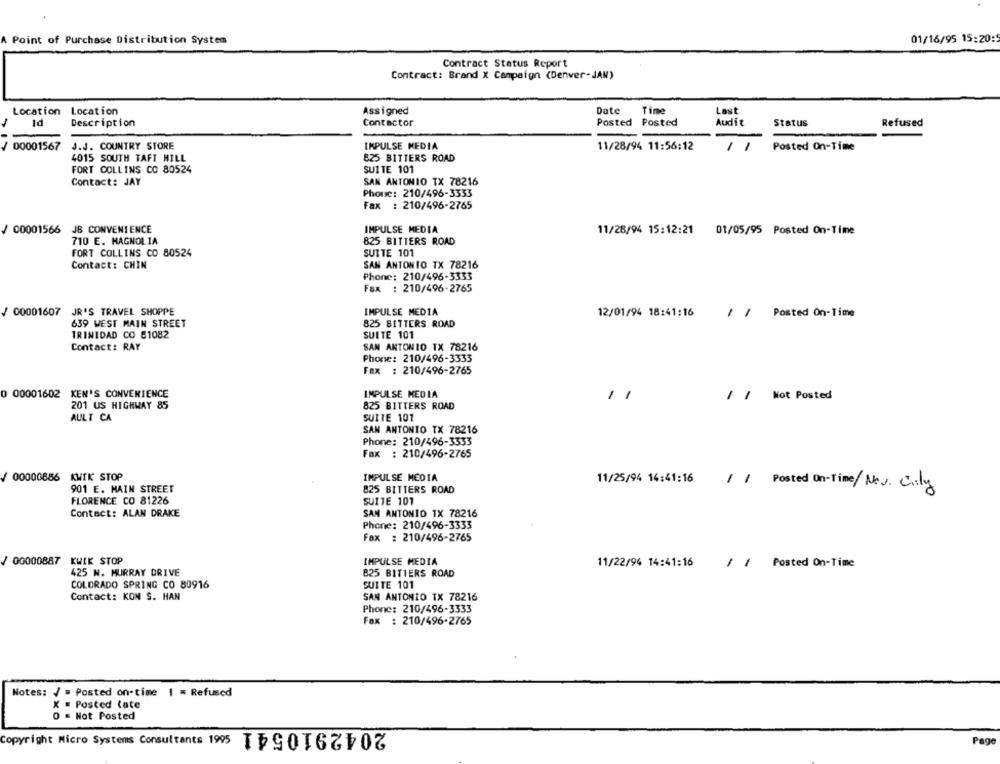
01/16/95 15:20:5
Point of Purchase Distribution System
Contract Status Report
Contract: Brand X Campaign (Denver-JAN)
Location
PI
Location
Assigned
Date
Time
Last
Description
Contactor
Posted Posted
Audit
Status
Refused
00001567
J.J. COUNTRY STORE
IMPULSE MEDIA
1
Posted On-Time
11/28/94 11:56:12
4015 SOUTH TAFT HILL
825 BITTERS ROAD
FORT COLLINS CO 80524
SUITE 101
Contact: JAY
SAN ANTONIO TX 78216
Phone: 210/496-3333
Fax : 210/496-2765
/ 00001566 JB CONVENIENCE
IMPULSE MEDIA
11/28/94 15:12:21
01/05/95 Posted On-Time
710 E. MAGNOLIA
825 BITTERS ROAD
FORT COLLINS CO 80524
SUITE 101
Contact: CHIN
SAN ANTONIO TX 78216
Phone: 210/496-3333
Fax : 210/496-2765
/ 00001607
JR'S TRAVEL SHOPPE
IMPULSE MEDIA
12/01/94 18:41:16
/ / Posted On-Time
639 WEST MAIN STREET
825 BITTERS ROAD
TRINIDAD CO 81082
SUITE 101
Contact: RAY
SAN ANTONIO TX 78216
Phone: 210/496-3333
Fex : 210/496-2765
0 00001602 KEN'S CONVENIENCE
IMPULSE MEDIA
/ / Not Posted
201 US HIGHWAY 85
825 BITTERS ROAD
AULT CA
SUITE 101
SAN ANTONIO TX 78216
Phone: 210/496-3333
Fax : 210/496-2765
00000886 KWIK STOP
IMPULSE MEDIA
11/25/94 14:41:16
901 E. MAIN STREET
825 BITTERS ROAD
11 Posted On-Time/New. Chily
FLORENCE CO 81226
SUITE 101
SAN ANTONIO TX 78216
Contact: ALAN DRAKE
Phone: 210/496-3333
Fax : 210/496-2765
00000887 KWIK STOP
IMPULSE MEDIA
11/22/94 14:41:16
11 Posted On-Time
425 N. MURRAY DRIVE
825 BITTERS ROAD
COLORADO SPRING CO 80916
SUITE 101
Contact: KON S. HAN
SAN ANTONIO TX 78216
Phone: 210/496-3333
Fax : 210/496-2765
Notes: / = Posted on-time | = Refused
X = Posted late
O = Not Posted
2042910541
Copyright Micro Systems Consultants 1995
Page